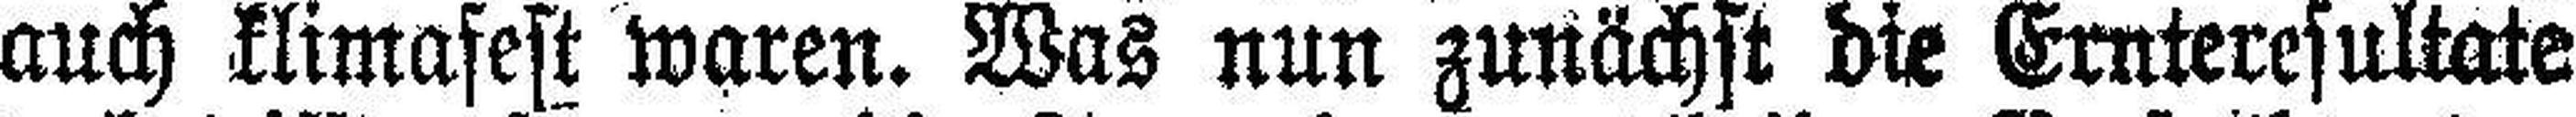
auch klimafest waren. Was nun zunächst die Ernteresultate